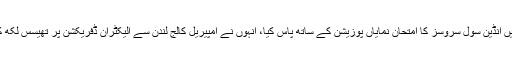
ڈاکٹر عشرت حسین عثمانی 15 اپریل 1921 کو علی گڑھ میں پیدا ہوئے اور 1942 میں انڈین سول سروسز کا امتحان نمایاں پوزیشن کے ساتھ پاس کیا، انہوں نے امپیریل کالج لندن سے الیکٹران ڈفریکشن پر تھیسس لکھ کر پی ایچ ڈی کیا، جس میں انھیں مشہور زمانہ ماہر طبیعات نیل بوہر نے سپر وائز کیا۔